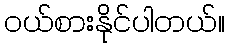
၀ယ်စားနိုင်ပါတယ်။